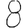
Digit: 8